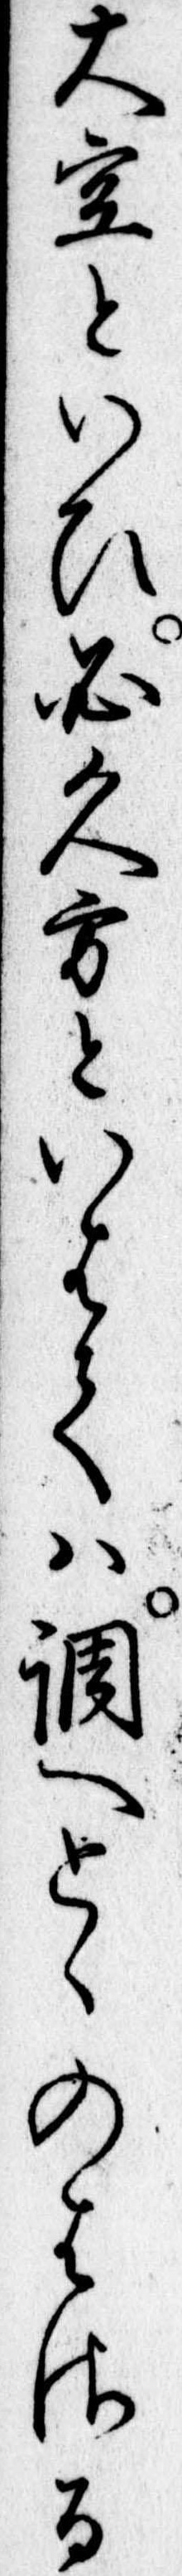
大空といひ必久方といはては調へとゝのはさる